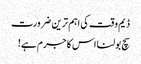
ڈیم وقت کی اہم ترین ضرورت
سچ بولنا اس کا جرم ہے!